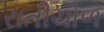
રાતીચોળ